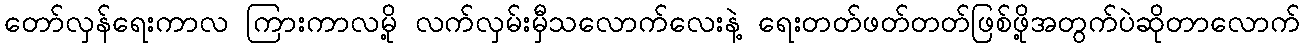
တော်လှန်ရေးကာလ ကြားကာလမို့ လက်လှမ်းမှီသလောက်လေးနဲ့ ရေးတတ်ဖတ်တတ်ဖြစ်ဖို့အတွက်ပဲဆိုတာလောက်